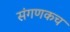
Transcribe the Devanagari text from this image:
संगणकच